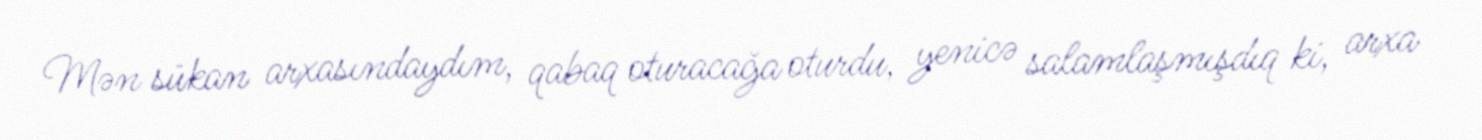
Mən sükan arxasındaydım, qabaq oturacağa oturdu, yenicə salamlaşmışdıq ki, arxa